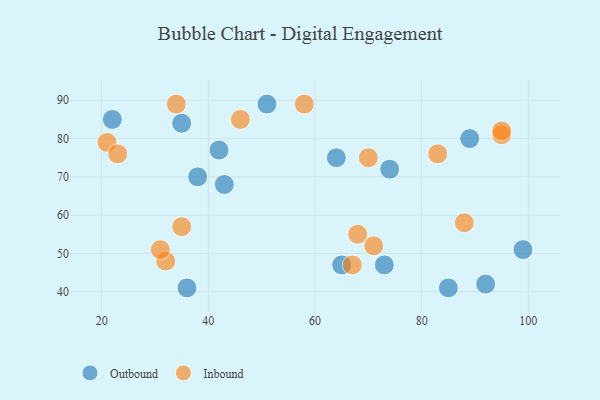
{"axis": {"x": "GDP", "y": "Life Expectancy"}, "legend": ["Inbound", "Outbound"], "data": [{"x": "73", "y": 47, "type": "Outbound"}, {"x": "85", "y": 41, "type": "Outbound"}, {"x": "35", "y": 84, "type": "Outbound"}, {"x": "51", "y": 89, "type": "Outbound"}, {"x": "42", "y": 77, "type": "Outbound"}, {"x": "92", "y": 42, "type": "Outbound"}, {"x": "22", "y": 85, "type": "Outbound"}, {"x": "38", "y": 70, "type": "Outbound"}, {"x": "74", "y": 72, "type": "Outbound"}, {"x": "89", "y": 80, "type": "Outbound"}, {"x": "36", "y": 41, "type": "Outbound"}, {"x": "65", "y": 47, "type": "Outbound"}, {"x": "64", "y": 75, "type": "Outbound"}, {"x": "99", "y": 51, "type": "Outbound"}, {"x": "43", "y": 68, "type": "Outbound"}, {"x": "71", "y": 52, "type": "Inbound"}, {"x": "32", "y": 48, "type": "Inbound"}, {"x": "95", "y": 81, "type": "Inbound"}, {"x": "88", "y": 58, "type": "Inbound"}, {"x": "46", "y": 85, "type": "Inbound"}, {"x": "58", "y": 89, "type": "Inbound"}, {"x": "95", "y": 82, "type": "Inbound"}, {"x": "70", "y": 75, "type": "Inbound"}, {"x": "34", "y": 89, "type": "Inbound"}, {"x": "67", "y": 47, "type": "Inbound"}, {"x": "31", "y": 51, "type": "Inbound"}, {"x": "21", "y": 79, "type": "Inbound"}, {"x": "83", "y": 76, "type": "Inbound"}, {"x": "23", "y": 76, "type": "Inbound"}, {"x": "35", "y": 57, "type": "Inbound"}, {"x": "68", "y": 55, "type": "Inbound"}]}